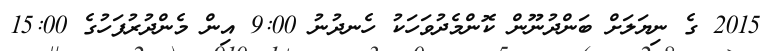
2015 ގެ ނިޔަލަށް ބަންދުނޫން ކޮންމެދުވަހަކު ހެނދުނު 9:00 އިން މެންދުރުފަހުގެ 15:00